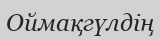
Оймақгүлдің